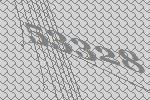
53328